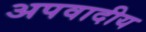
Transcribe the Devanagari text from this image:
अपवादीय